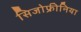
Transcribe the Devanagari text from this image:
सिजोफ्रीनिया